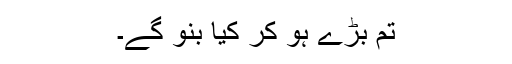
تم بڑے ہو کر کیا بنو گے۔